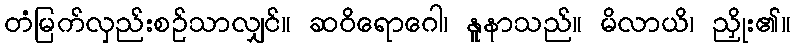
တံမြက်လှည်းစဉ်သာလျှင်။ ဆဝိရောဂေါ၊ နူနာသည်။ မိလာယိ၊ ညှိုး၏။